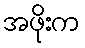
အဖိုးက